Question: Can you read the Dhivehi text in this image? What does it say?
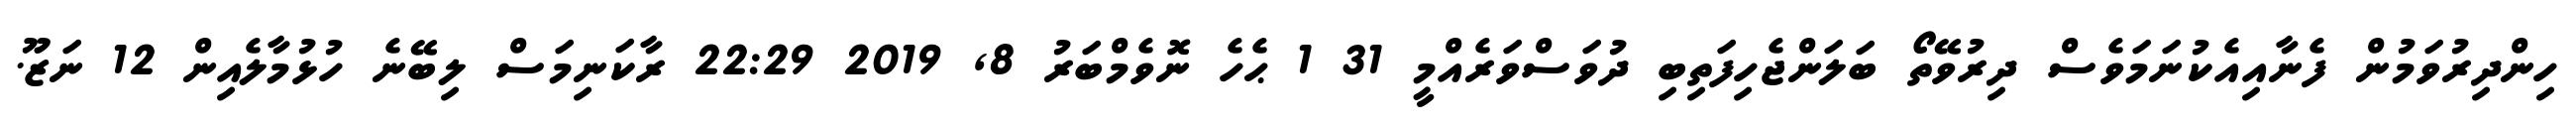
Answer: ހިންދިރުވަމުން ފެނާއިއެކުނަމަވެސް ދިރުވޭތޯ ބަލަންޖެހިފަތިބި ދުވަސްވަރެއްމީ 31 1 ޙެހެ ނޮވެމްބަރު 8, 2019 22:29 ރާކަނިމަސް ލިބޭނެ ހުޅުމާލެއިން 12 ނަޒޫ.